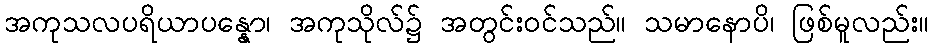
အကုသလပရိယာပန္နော၊ အကုသိုလ်၌ အတွင်းဝင်သည်။ သမာနောပိ၊ ဖြစ်မူလည်း။